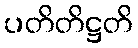
ပတိတိဋ္ဌတိ